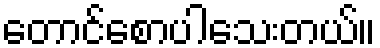
တောင်စောပါသေးတယ်။